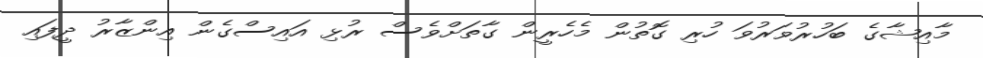
މާއިޝާގެ ބަހުރުވަރުވަ ހުރި ގޮތުން މެހެރީން ގާތަށްވެސް ރުޅި އައިސްގެން އިންޒާރު ދީފައި